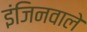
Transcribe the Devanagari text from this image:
इंजिनवाले